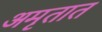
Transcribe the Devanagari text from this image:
अमृतात